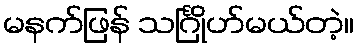
မနက်ဖြန် သင်္ဂြိုဟ်မယ်တဲ့။